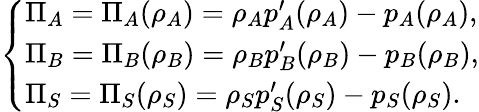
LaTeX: \left\{ \begin{array}{ll}{\Pi_{A}=\Pi_{A}(\rho_{A})=\rho_{A}p_{A}^{\prime}(\rho_{A})-p_{A}(\rho_{A}),}\\ {\Pi_{B}=\Pi_{B}(\rho_{B})=\rho_{B}p_{B}^{\prime}(\rho_{B})-p_{B}(\rho_{B}),}\\ {\Pi_{S}=\Pi_{S}(\rho_{S})=\rho_{S}p_{S}^{\prime}(\rho_{S})-p_{S}(\rho_{S}).}\end{array}\right.